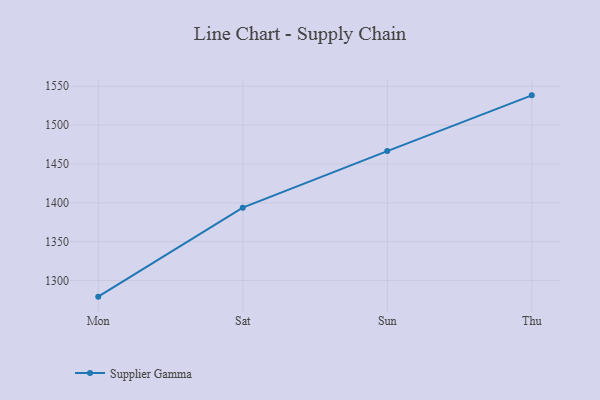
{"axis": {"x": "Day", "y": "Latency (ms)"}, "legend": ["Supplier Gamma"], "data": [{"x": "Mon", "y": 1279.2, "type": "Supplier Gamma"}, {"x": "Sat", "y": 1393.7, "type": "Supplier Gamma"}, {"x": "Sun", "y": 1466.6, "type": "Supplier Gamma"}, {"x": "Thu", "y": 1538.3, "type": "Supplier Gamma"}]}